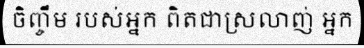
ចិញ្ចឹម របស់អ្នក ពិតជាស្រលាញ់ អ្នក